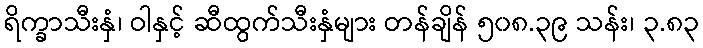
ရိက္ခာသီးနှံ၊ ဝါနှင့် ဆီထွက်သီးနှံများ တန်ချိန် ၅၀၈.၃၉ သန်း၊ ၃.၈၃